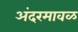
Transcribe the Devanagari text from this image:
अंदरमावळ